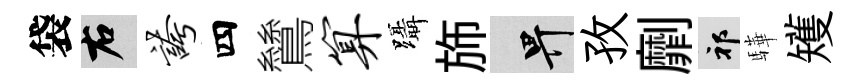
袋右夸四鷥算躡斾畀孜劘祁驊矱